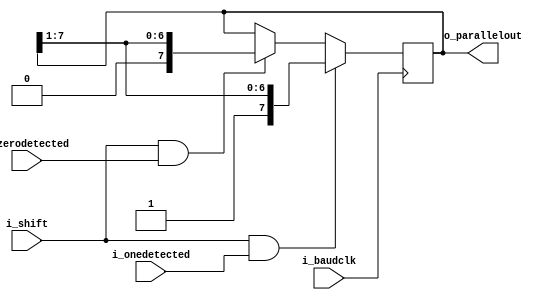

////serial input parallel out put of the received signal
     module sipo_rx(i_onedetected,i_zerodetected,i_baudclk,i_shift,
	                o_parallelout);
	 
	 input i_baudclk,i_onedetected,i_zerodetected,i_shift;
	 output reg [7:0] o_parallelout = 0;
	 
	 always@(posedge i_baudclk)
	    begin
		  if(i_shift && i_onedetected)
		      o_parallelout <= {1'b1,o_parallelout[7:1]};
		  else if(i_shift && i_zerodetected)  
		      o_parallelout <= {1'b0,o_parallelout[7:1]};
		end
		
	 endmodule